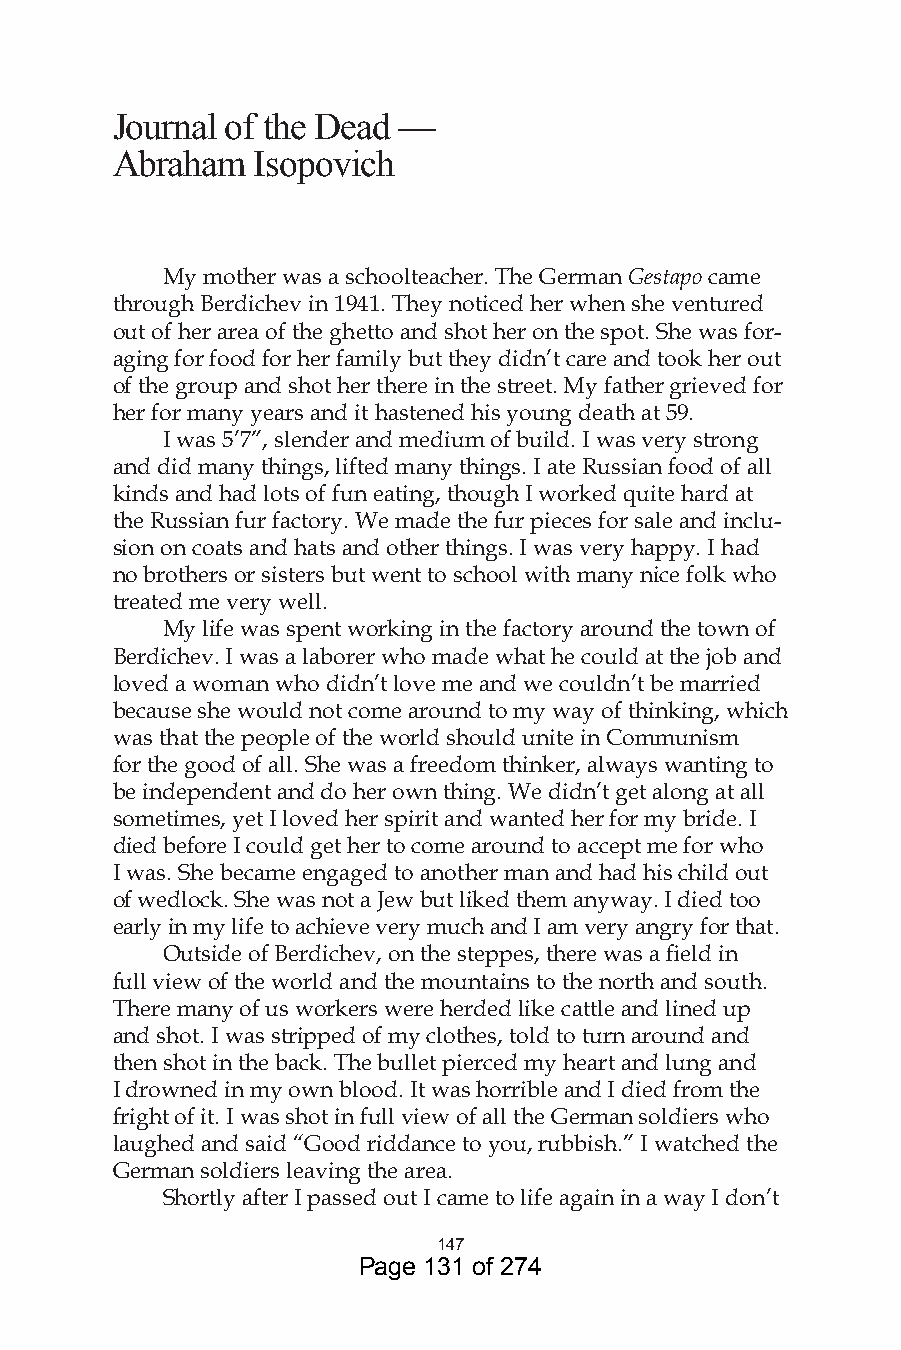
Journal of the Dead —
 Abraham   Isopovich
 My mother was a schoolteacher. The German Gestapo came
 through Berdichev in 1941. They noticed her when she ventured
 out of her area of the ghetto and shot her on the spot. She was for-
 aging for food for her family but they didn’t care and took her out
 of the group and shot her there in the street. My father grieved for
 her for many years and it hastened his young death at 59.
 I was 5’7”, slender and medium of build. I was very strong
 and did many things, lifted many things. I ate Russian food of all
 kinds and had lots of fun eating, though I worked quite hard at
 the Russian fur factory. We made the fur pieces for sale and inclu-
 sion on coats and hats and other things. I was very happy. I had
 no brothers or sisters but went to school with many nice folk who
 treated me very well.
 My life was spent working in the factory around the town of
 Berdichev. I was a laborer who made what he could at the job and
 loved a woman who didn’t love me and we couldn’t be married
 because she would not come around to my way of thinking, which
 was that the people of the world should unite in Communism
 for the good of all. She was a freedom thinker, always wanting to
 be independent and do her own thing. We didn’t get along at all
 sometimes, yet I loved her spirit and wanted her for my bride. I
 died before I could get her to come around to accept me for who
 I was. She became engaged to another man and had his child out
 of wedlock. She was not a Jew but liked them anyway. I died too
 early in my life to achieve very much and I am very angry for that.
 Outside of Berdichev, on the steppes, there was a field in
 full view of the world and the mountains to the north and south.
 There many of us workers were herded like cattle and lined up
 and shot. I was stripped of my clothes, told to turn around and
 then shot in the back. The bullet pierced my heart and lung and
 I drowned in my own blood. It was horrible and I died from the
 fright of it. I was shot in full view of all the German soldiers who
 laughed and said “Good riddance to you, rubbish.” I watched the
 German soldiers leaving the area.
 Shortly after I passed out I came to life again in a way I don’t
 47
 Page 131 of 274